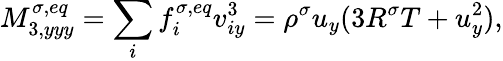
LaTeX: M_{3,yyy}^{\sigma,eq}=\sum_{i}f_{i}^{\sigma,eq}v_{iy}^{3}=\rho^{\sigma}u_{y}(3R^{\sigma}T+u_{y}^{2}),